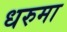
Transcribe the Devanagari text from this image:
धरुमा